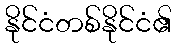
နိုင်ငံတစ်နိုင်ငံ၏